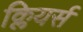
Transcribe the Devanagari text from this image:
क्लियर्स